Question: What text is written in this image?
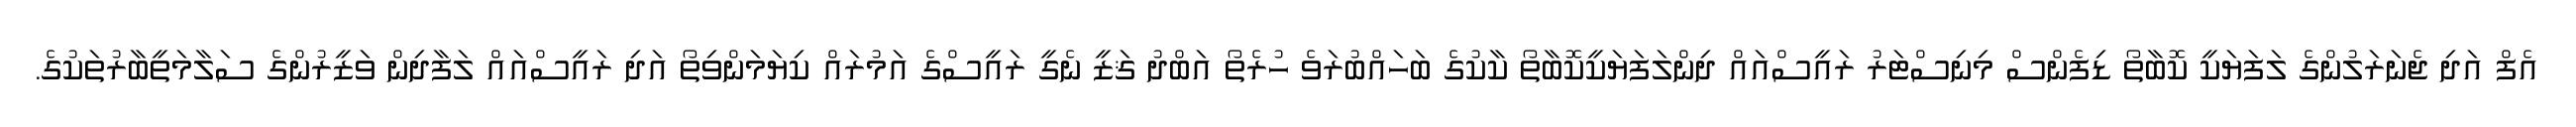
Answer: އެފް އަދި ޖެނަރަލުންގެ ލަފަޔަކީ ކޮބާތޯ ޑިފެންސް މިނިސްޓަރު ރައީސްއައް ދިންލަފަޔަކީކޮބާތޯ ކާކުގެ ބަހައްބުރަވެ ހުރެތޯ އަބްދު ޤަޒީ ނެގީ ރައީސްގެ އަމުރައް ކިޔަމަންވިތޯ އަދި ރައީސްއައް ލަފާދިން ވަޒީރުންގެ ސަލާމަތީބާރުތަކުގެ.